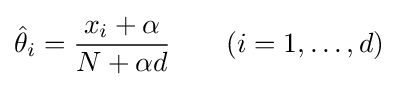
{\hat {\theta }}_{i}={\frac {x_{i}+\alpha }{N+\alpha d}}\qquad (i=1,\ldots ,d)